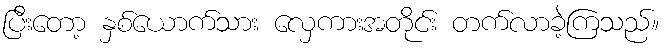
ပြီးတော့ နှစ်ယောက်သား လှေကားအတိုင်း တက်လာခဲ့ကြသည်။